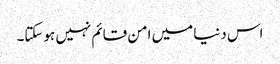
اس دنیا میں امن قائم نہیں ہوسکتا۔